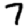
Digit: 7